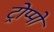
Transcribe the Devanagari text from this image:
ट्रोप्पो